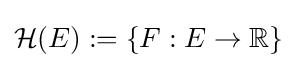
{\mathcal {H}}(E):=\{F:E\rightarrow \mathbb {R} \}